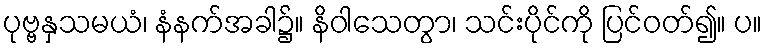
ပုဗ္ဗနှသမယံ၊ နံနက်အခါ၌။ နိဝါသေတွာ၊ သင်းပိုင်ကို ပြင်ဝတ်၍။ ပ။